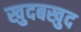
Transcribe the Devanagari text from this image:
खुदबखुद